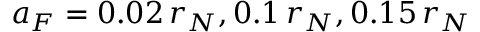
a _ { F } = 0 . 0 2 \, r _ { N } , 0 . 1 \, r _ { N } , 0 . 1 5 \, r _ { N }